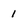
Character: 1